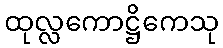
ထုလ္လကောဋ္ဌိကေသု